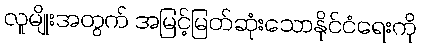
လူမျိုးအတွက် အမြင့်မြတ်ဆုံးသောနိုင်ငံရေးကို